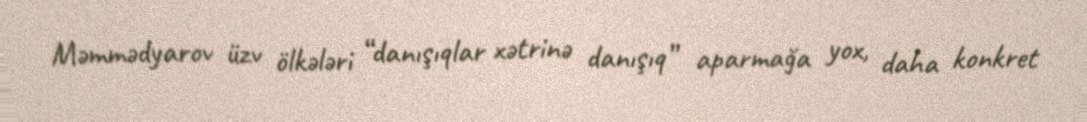
Məmmədyarov üzv ölkələri “danışıqlar xətrinə danışıq” aparmağa yox, daha konkret